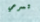
تسرعي